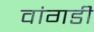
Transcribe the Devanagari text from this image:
वांगडी